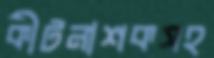
কীটনাশকসহ